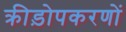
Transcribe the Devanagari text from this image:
क्रीड़ोपकरणों